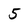
Character: 5